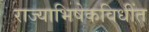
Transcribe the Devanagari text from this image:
राज्याभिषेकविधींत